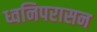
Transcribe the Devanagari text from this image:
ध्वनिपरासन